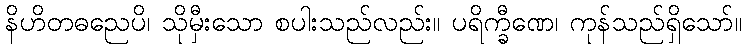
နိဟိတဓညေပိ၊ သိုမှီးသော စပါးသည်လည်း။ ပရိက္ခီဏေ၊ ကုန်သည်ရှိသော်။